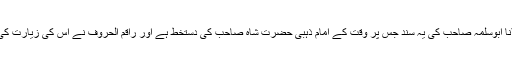
(مولانا ابوسلمہ صاحب کی یہ سند جس پر وقت کے امام ذہبی حضرت شاہ صاحب کی دستخط ہے اور راقم الحروف نے اس کی زیارت کی ہے۔